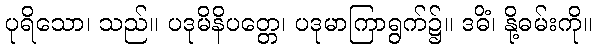
ပုရိသော၊ သည်။ ပဒုမိနိပတ္တေ၊ ပဒုမာကြာရွက်၌။ ဒဓိံ၊ နို့ဓမ်းကို။